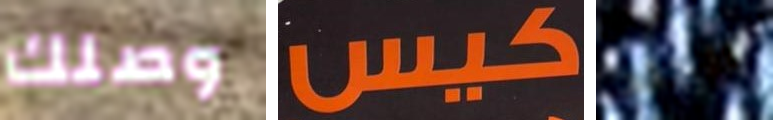
وصلك كيس الجلد